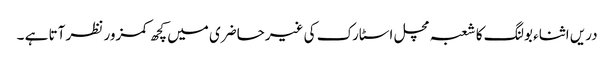
دریں اثناء بولنگ کا شعبہ مچل اسٹارک کی غیرحاضری میں کچھ کمزور نظر آتا ہے ۔